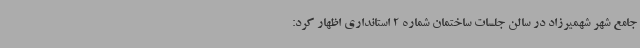
جامع شهر شهمیرزاد در سالن جلسات ساختمان شماره 2 استانداری اظهار کرد: